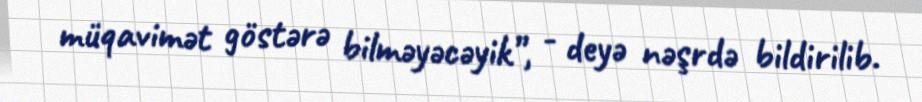
müqavimət göstərə bilməyəcəyik”, - deyə nəşrdə bildirilib.